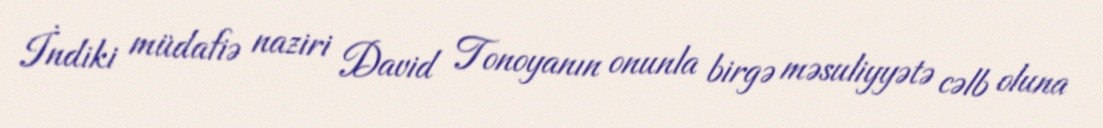
İndiki müdafiə naziri David Tonoyanın onunla birgə məsuliyyətə cəlb oluna